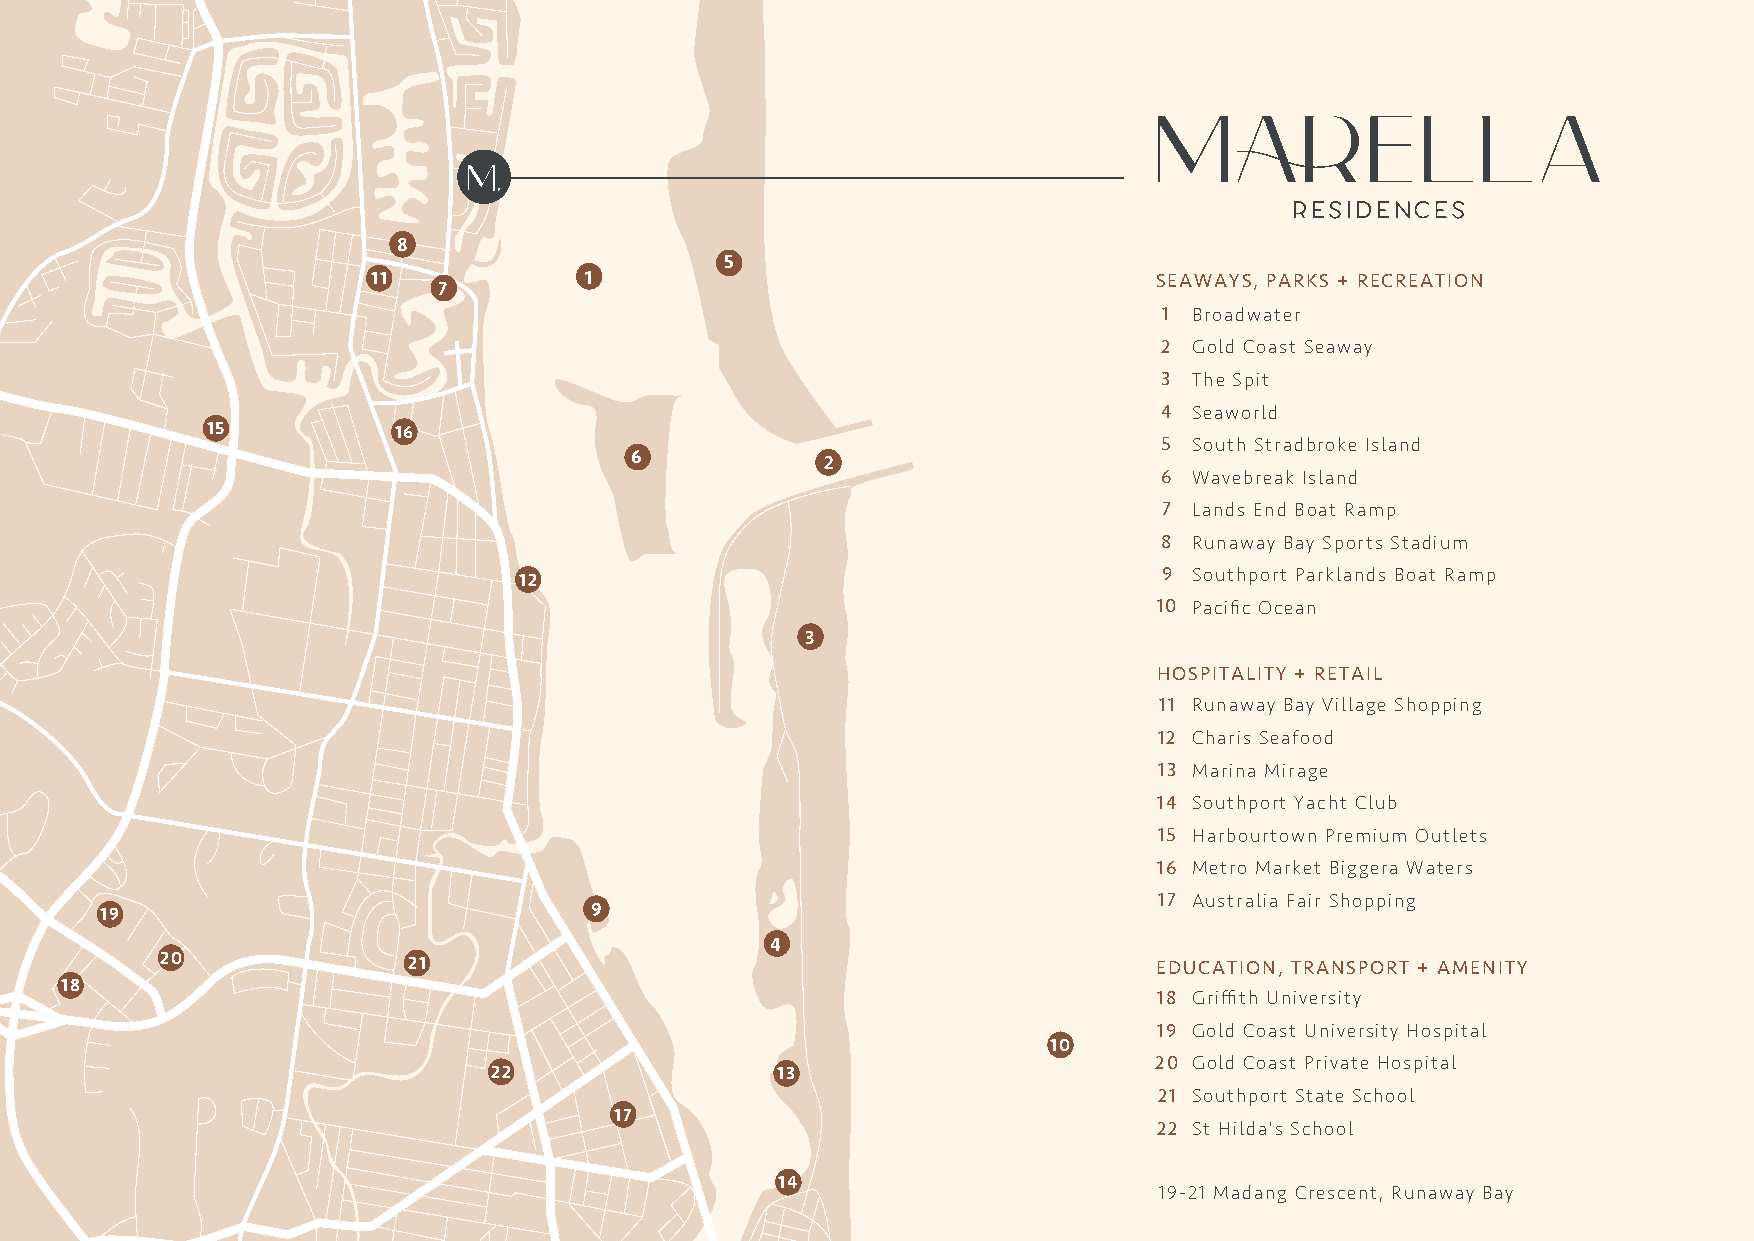
13 / 16
 8
 5
 11  7         1                                     SEAWAYS, PARKS + RECREATION
 1 Broadwater
 2 Gold Coast Seaway
 3 The Spit
 4 Seaworld
 15          16
 5 South Stradbroke Island
 6            2
 6 Wavebreak Island
 7 Lands End Boat Ramp
 8 Runaway Bay Sports Stadium
 12                                         9 Southport Parklands Boat Ramp
 10 Pacific Ocean
 3
 HOSPITALITY + RETAIL
 11 Runaway Bay Village Shopping
 12 Charis Seafood
 13 Marina Mirage
 14 Southport Yacht Club
 15 Harbourtown Premium Outlets
 16 Metro Market Biggera Waters
 17 Australia Fair Shopping
 19                              9
 4
 20              21
 EDUCATION, TRANSPORT + AMENITY
 18
 18 Griffith University
 19 Gold Coast University Hospital
 10
 20 Gold Coast Private Hospital
 22                 13
 21 Southport State School
 17
 22 St Hilda's S chool
 14
 19-21 Madang Crescent, Runaway Bay